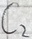
Text: C2